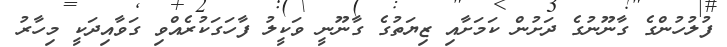
ފުލުހުންގެ ގާނޫނުގެ ދަށުން ކަމަށާއި ޒިޔަތުގެ ގާނޫނީ ވަކީލު ފާހަގަކުރެއްވި ގަވާއިދަކީ މިހާރު